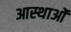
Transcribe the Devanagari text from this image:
आस्‍थाओं